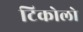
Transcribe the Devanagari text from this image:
टिकोलो